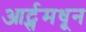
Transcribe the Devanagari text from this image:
आर्ट्समधून